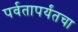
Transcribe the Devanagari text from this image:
पर्वतापर्यंतचा